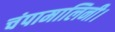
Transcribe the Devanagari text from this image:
चंपामालिनी।